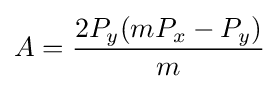
A={\frac {2P_{y}(mP_{x}-P_{y})}{m}}